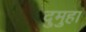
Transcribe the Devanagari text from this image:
दुमुहा